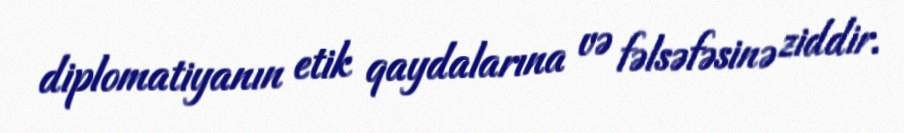
diplomatiyanın etik qaydalarına və fəlsəfəsinə ziddir.